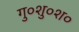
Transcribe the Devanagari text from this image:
गु०शु०श०